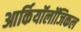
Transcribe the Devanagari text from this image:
आर्कियॉलॉजिकल